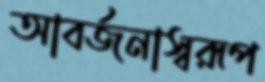
আবর্জনাস্বরূপ